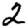
Digit: 2